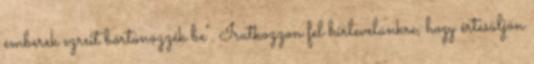
emberek ezreit börtönözzék be". Iratkozzon fel hírlevelünkre, hogy értesüljön